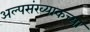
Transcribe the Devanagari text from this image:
अल्पसंख्याकच्या